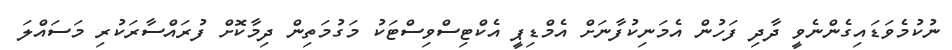
ނުުކުމެވަޑައިގެންނެވީ ދާދި ފަހުން އެމަނިކުފާނަށް އެމްޑިޕީ އެކްޓިސްވިސްޓަކު މަގުމަތިން ދިމާކޮށް ފުރައްސާރަކުރި މަސައްލަ